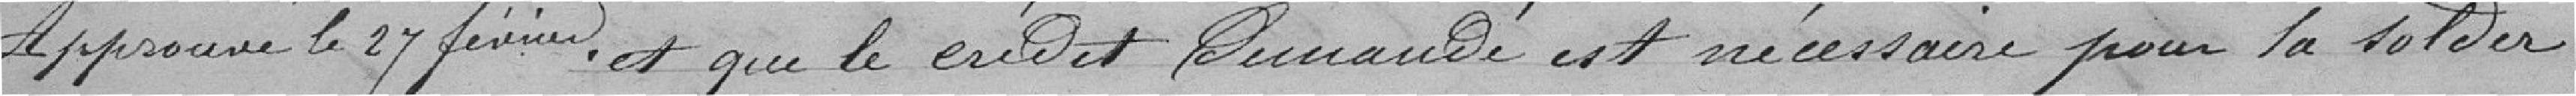
Approuvé le 27 février. et que le crédit demandé est nécessaire pour la solder.